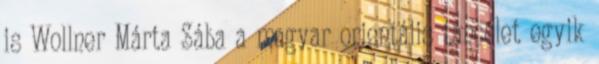
is Wollner Márta Sába a magyar orientális táncélet egyik